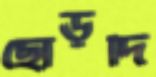
ছোড়দি